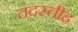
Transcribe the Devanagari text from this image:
तदस्तीह